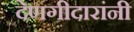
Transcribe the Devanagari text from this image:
देणगीदारांनी